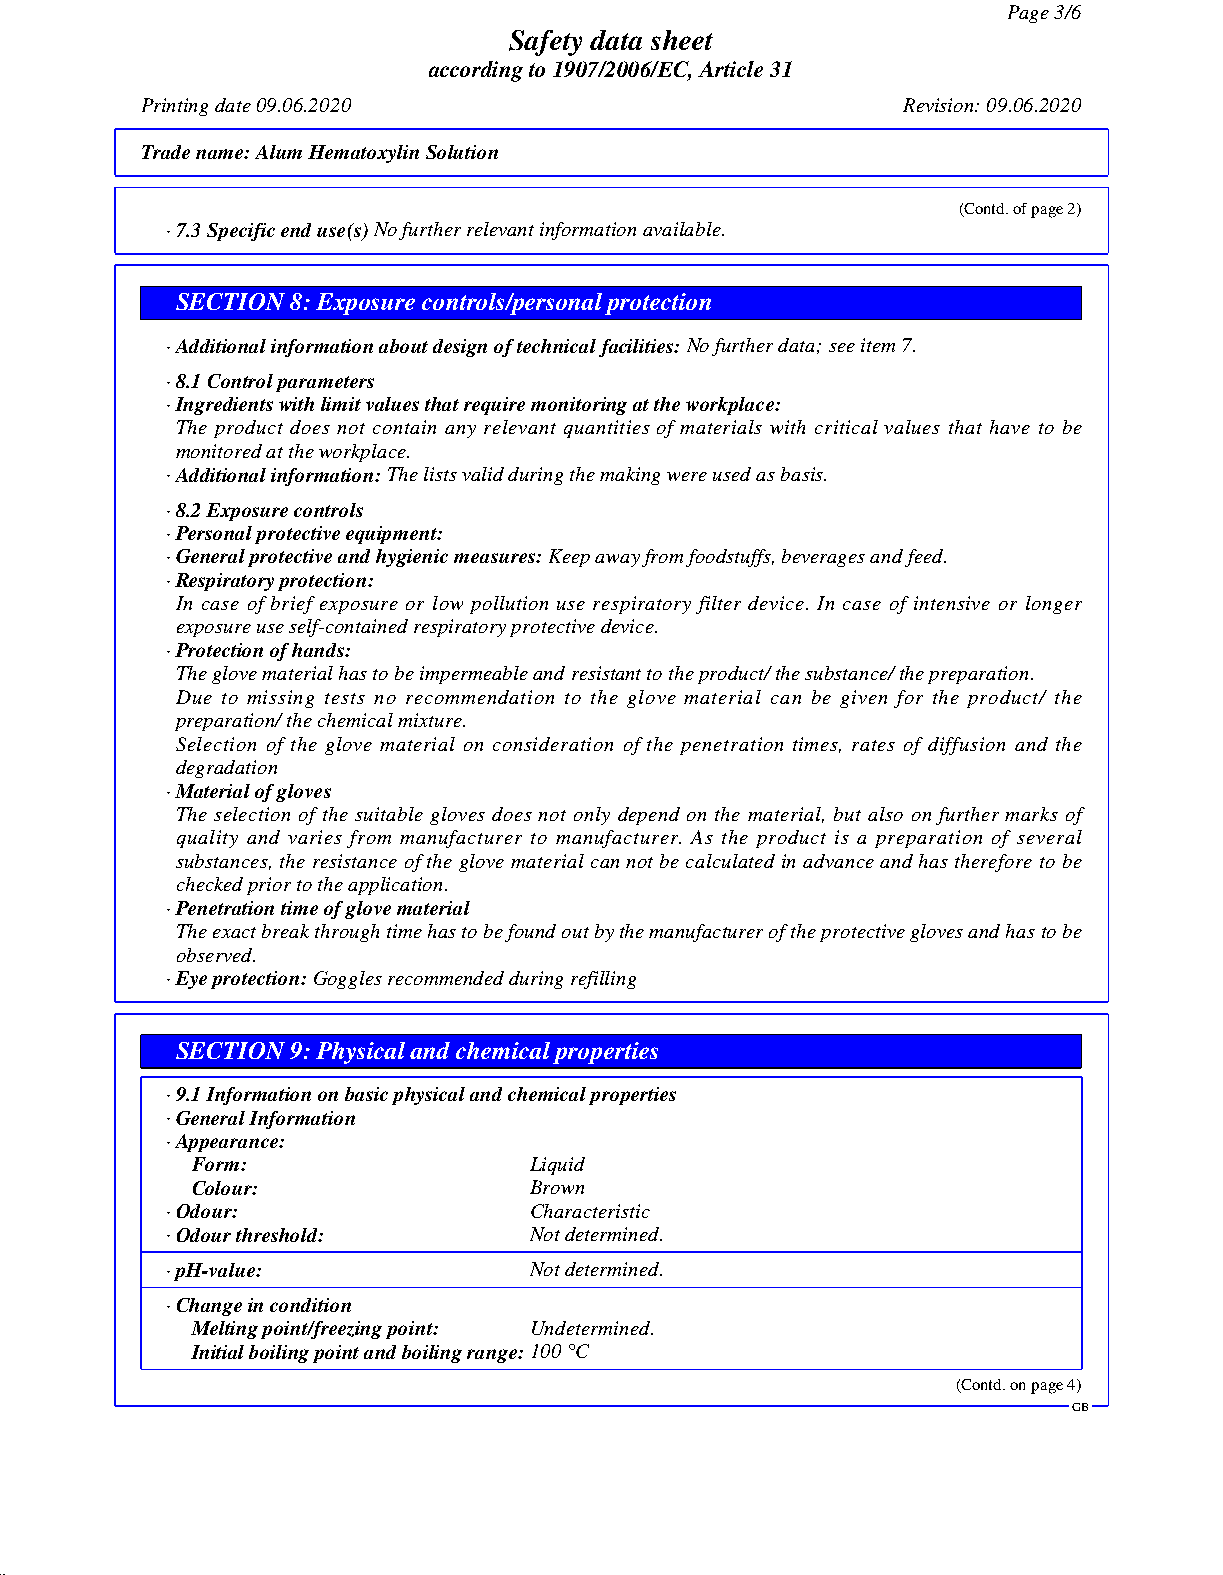
Page 3/6
 Safety data sheet
 according to 1907/2006/EC, Article 31
 Printing date 09.06.2020                           Revision: 09.06.2020
 Trade name:Alum Hematoxylin Solution
 (Contd. of page 2)
 · 7.3 Specific end use(s)No further relevant information available.
 SECTION 8: Exposure controls/personal protection
 · Additional information about design of technical facilities:No further data; see item 7.
 · 8.1 Control parameters
 · Ingredients with limit values that require monitoring at the workplace:
 The product does not contain any relevant quantities of materials with critical values that have to be
 monitored at the workplace.
 · Additional information:The lists valid during the making were used as basis.
 · 8.2 Exposure controls
 · Personal protective equipment:
 · General protective and hygienic measures:Keep away from foodstuffs, beverages and feed.
 · Respiratory protection:
 In case of brief exposure or low pollution use respiratory filter device. In case of intensive or longer
 exposure use self-contained respiratory protective device.
 · Protection of hands:
 The glove material has to be impermeable and resistant to the product/ the substance/ the preparation.
 Due to missing tests no recommendation to the glove material can be given for the product/ the
 preparation/ the chemical mixture.
 Selection of the glove material on consideration of the penetration times, rates of diffusion and the
 degradation
 · Material of gloves
 The selection of the suitable gloves does not only depend on the material, but also on further marks of
 quality and varies from manufacturer to manufacturer. As the product is a preparation of several
 substances, the resistance of the glove material can not be calculated in advance and has therefore to be
 checked prior to the application.
 · Penetration time of glove material
 The exact break through time has to be found out by the manufacturer of the protective gloves and has to be
 observed.
 · Eye protection:Goggles recommended during refilling
 SECTION 9: Physical and chemical properties
 · 9.1 Information on basic physical and chemical properties
 · General Information
 · Appearance:
 Form:                 Liquid
 Colour:               Brown
 · Odour:                Characteristic
 · Odour threshold:      Not determined.
 · pH-value:             Not determined.
 · Change in condition
 Melting point/freezing point: Undetermined.
 Initial boiling point and boiling range:100 °C
 (Contd. on page 4)
 GB
 51.0.2